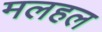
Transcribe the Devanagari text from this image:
मलहल